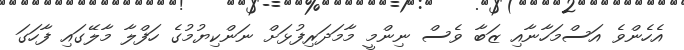
އެހެންވެ އަސްމަހާނާއި ޒަބާ ވެސް ނިންމީ މާމަދަރިފުޅަށް ނަންކިޔުމުގެ ހަފްލާ މާލޭގައި ފާހަގަ